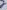
Text: 2